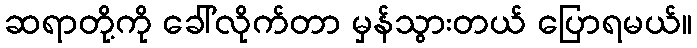
ဆရာတို့ကို ခေါ်လိုက်တာ မှန်သွားတယ် ပြောရမယ်။